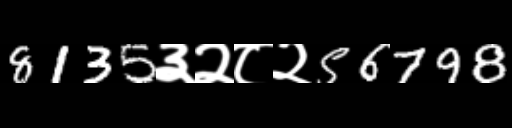
Text: 8135३२८२56798